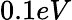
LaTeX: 0.1eV